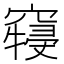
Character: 𱷖